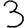
Digit: 3